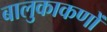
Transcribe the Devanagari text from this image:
बालुकाकणों